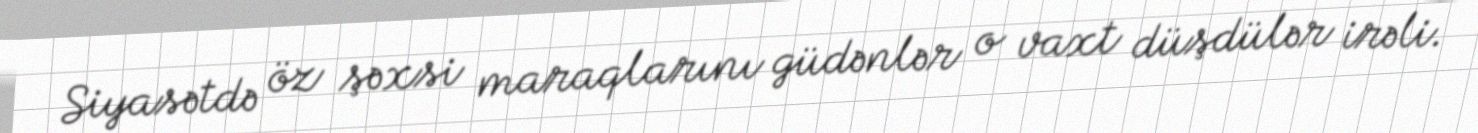
Siyasətdə öz şəxsi maraqlarını güdənlər o vaxt düşdülər irəli.